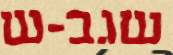
שגב-ש